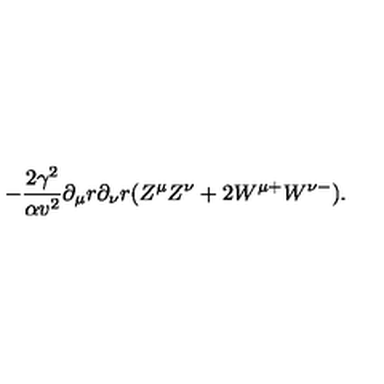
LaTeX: - \frac { 2 \gamma ^ { 2 } } { \alpha v ^ { 2 } } \partial _ { \mu } r \partial _ { \nu } r ( Z ^ { \mu } Z ^ { \nu } + 2 W ^ { \mu + } W ^ { \nu - } ) .